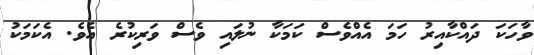
ވާހަކަ ދައްކާއިރު ހަމަ އެއްވެސް ކަމަކާ ނުލައި ވެސް ވަރިކުރެ އެވެ. އެކަމަކު